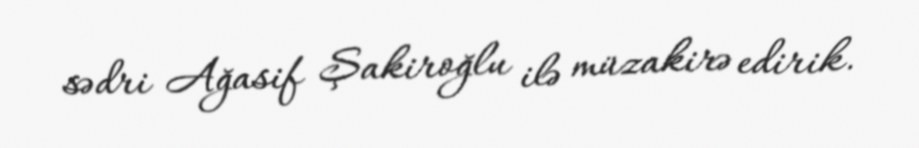
sədri Ağasif Şakiroğlu ilə müzakirə edirik.